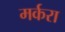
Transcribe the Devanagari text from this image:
मर्करा